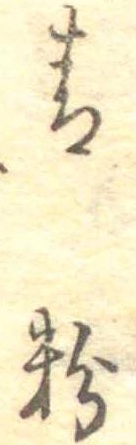
青粉